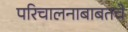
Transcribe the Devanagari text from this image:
परिचालनाबाबतचे